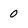
Character: 0